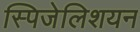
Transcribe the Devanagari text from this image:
स्पिजेलिशयन